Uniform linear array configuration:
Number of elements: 48
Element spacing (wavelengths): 0.5
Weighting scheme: uniform
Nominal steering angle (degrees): -15
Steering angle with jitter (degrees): -14.479
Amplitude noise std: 0.05
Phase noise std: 0.05

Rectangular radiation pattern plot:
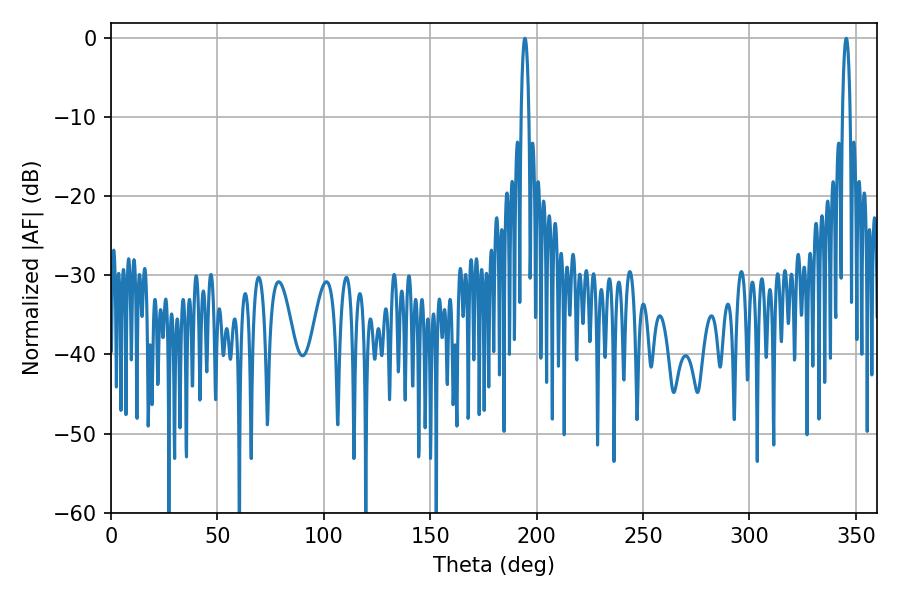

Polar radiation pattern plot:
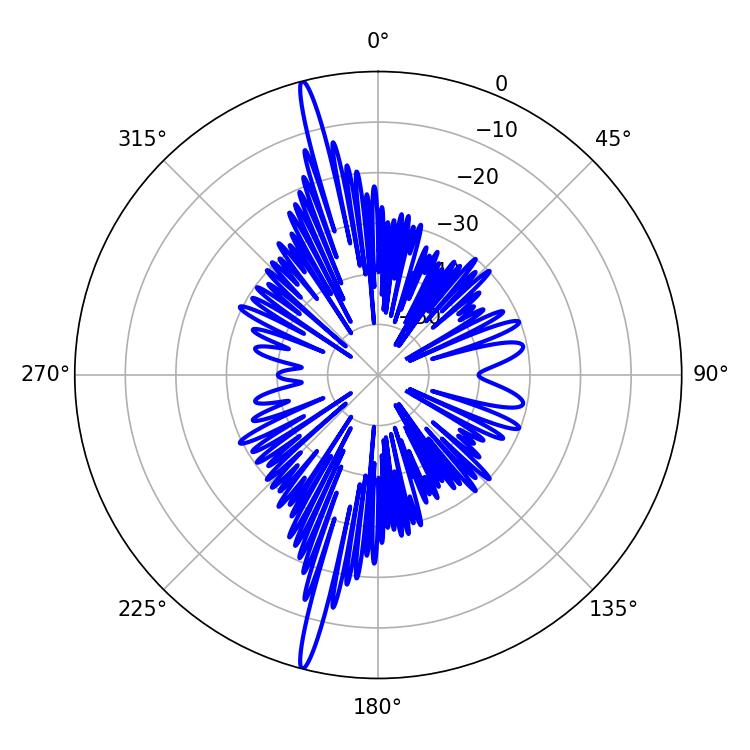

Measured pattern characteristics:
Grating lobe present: FALSE
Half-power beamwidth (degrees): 1.98
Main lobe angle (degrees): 345.42